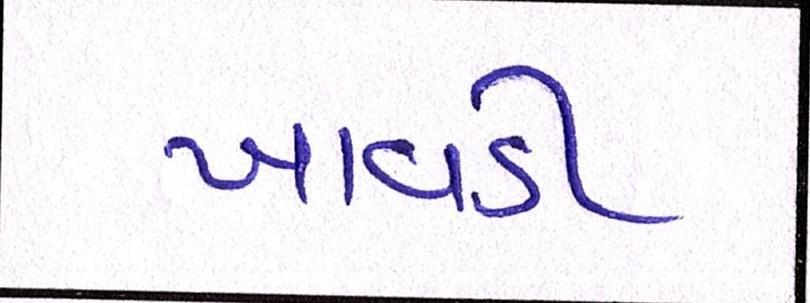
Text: ખાવડી